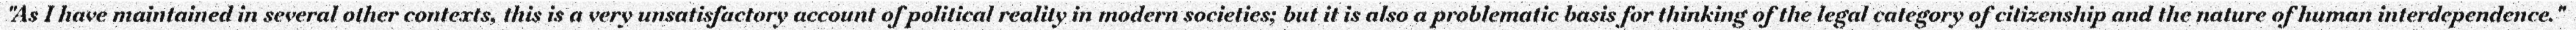
"As I have maintained in several other contexts, this is a very unsatisfactory account of political reality in modern societies; but it is also a problematic basis for thinking of the legal category of citizenship and the nature of human interdependence."